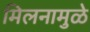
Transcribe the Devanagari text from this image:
मिलनामुळे